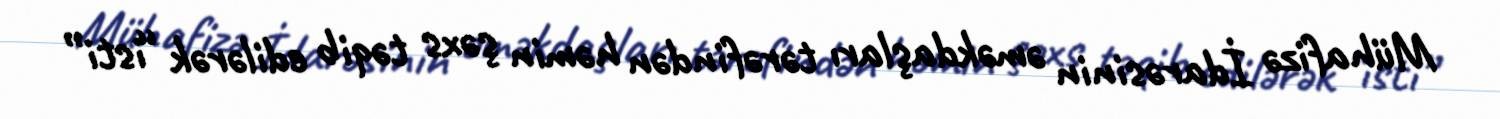
Mühafizə İdarəsinin əməkdaşları tərəfindən həmin şəxs təqib edilərək “isti”